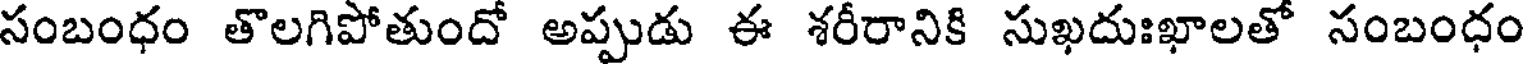
సంబంధం తొలగిపోతుందో అప్పుడు ఈ శరీరానికి సుఖదుఃఖాలతో సంబంధం